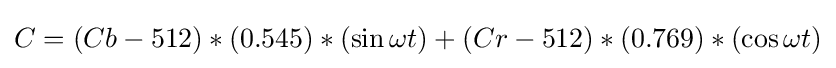
C=(Cb-512)*(0.545)*(\sin \omega t)+(Cr-512)*(0.769)*(\cos \omega t)